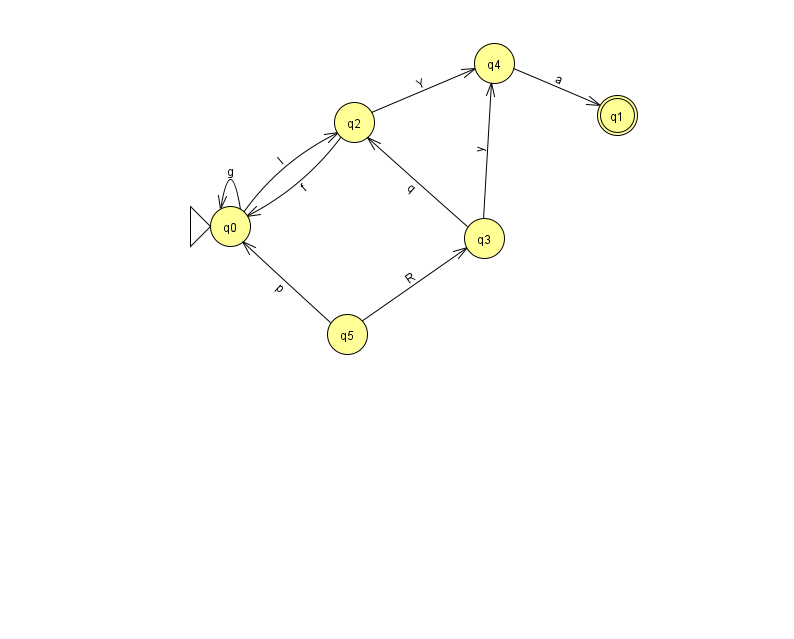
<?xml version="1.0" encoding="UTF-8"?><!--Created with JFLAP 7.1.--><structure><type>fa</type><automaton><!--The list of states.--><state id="0" name="q0"><x>230.0</x><y>213.0</y><initial/></state><state id="1" name="q1"><x>617.0</x><y>102.0</y><final/></state><state id="2" name="q2"><x>354.0</x><y>109.0</y></state><state id="3" name="q3"><x>484.0</x><y>225.0</y></state><state id="4" name="q4"><x>494.0</x><y>50.0</y></state><state id="5" name="q5"><x>347.0</x><y>321.0</y></state><!--The list of transitions.--><transition><from>4</from><to>1</to><read>a</read></transition><transition><from>2</from><to>0</to><read>f</read></transition><transition><from>3</from><to>2</to><read>q</read></transition><transition><from>0</from><to>0</to><read>g</read></transition><transition><from>3</from><to>4</to><read>y</read></transition><transition><from>2</from><to>4</to><read>Y</read></transition><transition><from>5</from><to>3</to><read>R</read></transition><transition><from>0</from><to>2</to><read>I</read></transition><transition><from>5</from><to>0</to><read>p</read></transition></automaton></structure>